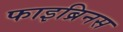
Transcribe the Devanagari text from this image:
फाइब्रिनस